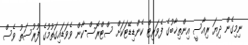
ނިމިގެން ދިޔަ ރިއާސީ އިންތިޚާބުގެ ފެވަރިޓް ކެންޑިޑޭޓަކަށް ސްޓްރޮސް-ކާން ވެވަޑައިގަތުމުގެ ފުރުސަތު ވެސް